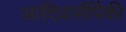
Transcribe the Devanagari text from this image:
आदिवासींपैकी